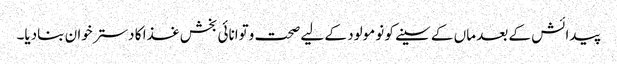
پیدائش کے بعد ماں کے سینے کو نومولود کے لیے صحت وتوانائی بخش غذا کا دسترخوان بنادیا۔